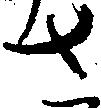
さ